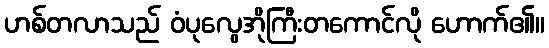
ဟစ်တလာသည် ဝံပုလွေအိုကြီးတကောင်လို ဟောက်၏။